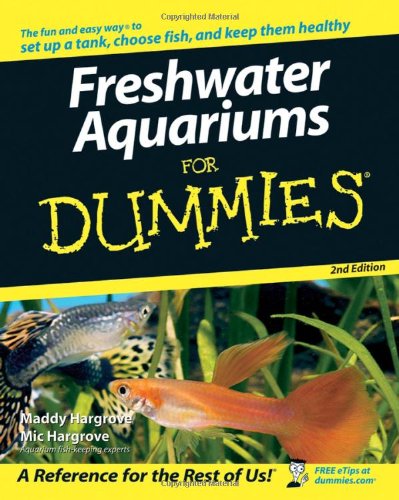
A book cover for Freshwater Aquariums For Dummies; Maddy Hargrove; Crafts, Hobbies & Home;